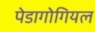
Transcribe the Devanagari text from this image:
पेडागोगियल